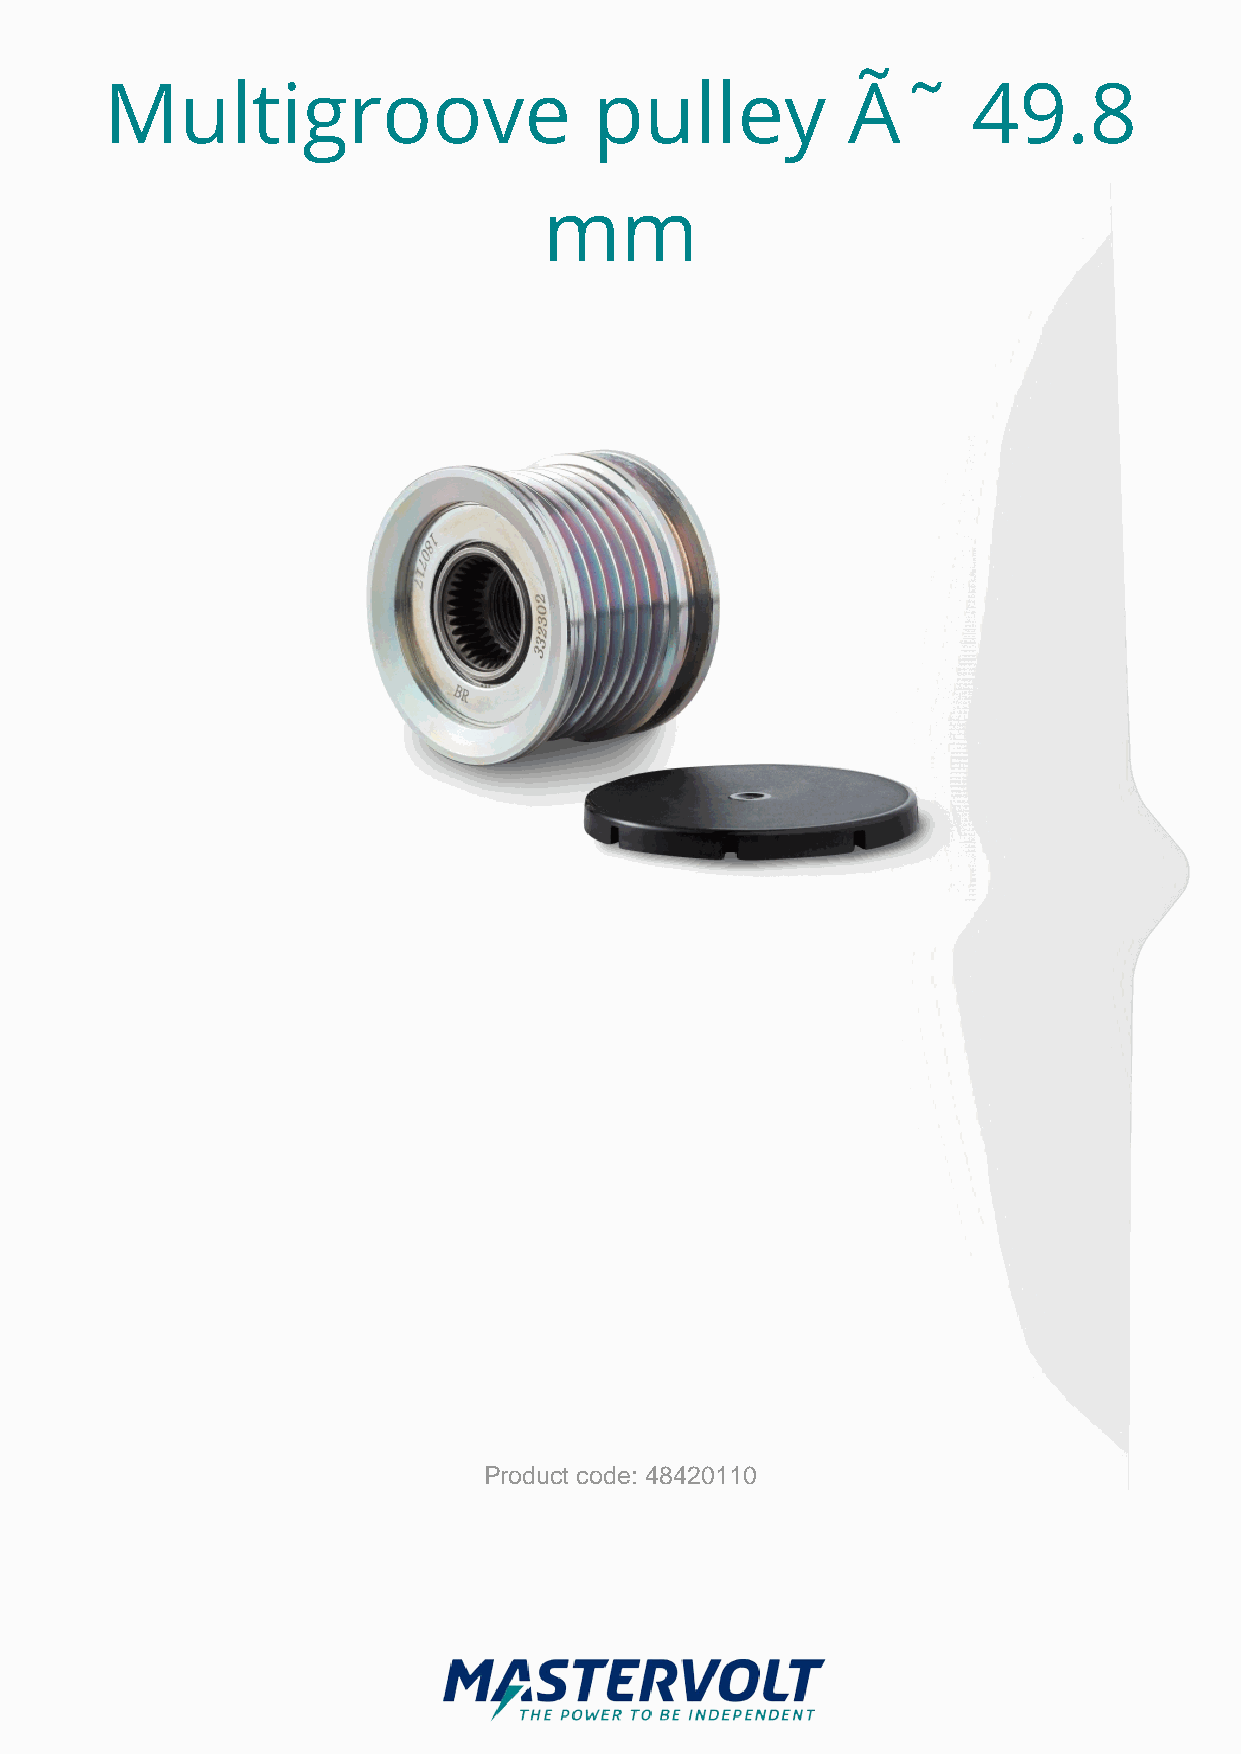
Multigroove                     pulley           Ã˜      49.8
 mm
 Product code: 48420110